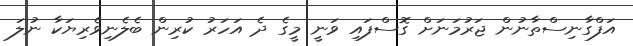
އަފްގާނިސްތާނުން ޖަރުމަނަށް ގޮސްފައި ވަނީ މީގެ ދެ އަހަރު ކުރިން ބެލެނިވެރިޔަކާ ނުލަ